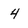
Character: 4